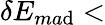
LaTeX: \delta{}E_{ma\mathrm{d}}<